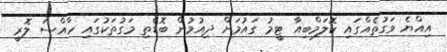
އިއްޔެ ވަގުތެއްގައި ކޮލަމްބިއާ ޓީމު ގައުމަށް ދިއުމުން ބޮޑެތި މަގުތަކުގައި ހާއްސަ ލޮރީ